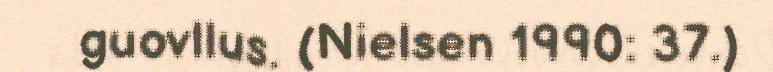
guovllus. (Nielsen 1990: 37.)